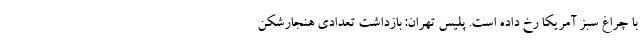
با چراغ سبز آمریکا رخ داده است. پلیس تهران: بازداشت تعدادی هنجارشکن